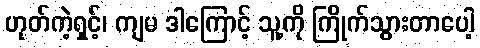
ဟုတ်ကဲ့ရှင့်၊ ကျမ ဒါကြောင့် သူ့ကို ကြိုက်သွားတာပေါ့